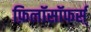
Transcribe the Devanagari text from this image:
फ़िलॉसॉफर्स्